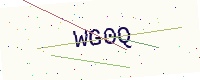
Text: WG0Q